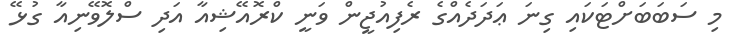
މި ސަބަބަށްޓަކައި ގިނަ ޢަދަދެއްގެ ރެފިއުޖީން ވަނީ ކްރޮއޭޝިއާ އަދި ސްލޮވޭނިއާ ގުޅޭ